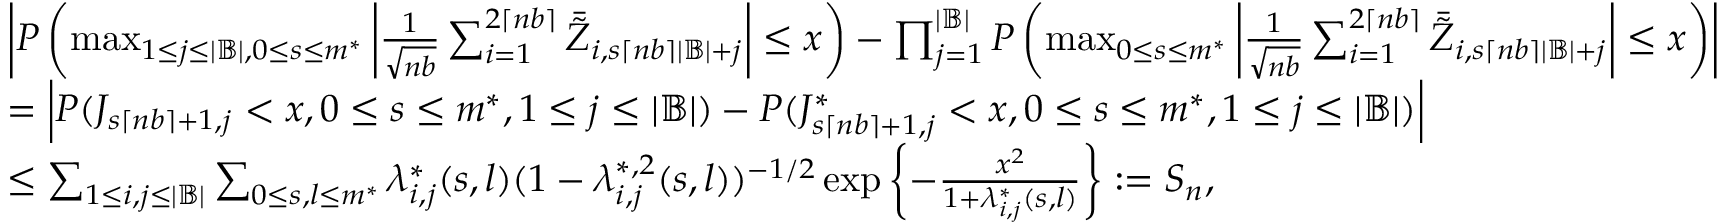
\begin{array} { r l } & { \left| P \left( \operatorname* { m a x } _ { 1 \leq j \leq | \mathbb { B } | , 0 \leq s \leq m ^ { * } } \left| \frac { 1 } { \sqrt { n b } } \sum _ { i = 1 } ^ { 2 \lceil n b \rceil } \bar { \tilde { Z } } _ { i , s \lceil n b \rceil | \mathbb { B } | + j } \right| \leq x \right) - \prod _ { j = 1 } ^ { | \mathbb { B } | } P \left( \operatorname* { m a x } _ { 0 \leq s \leq m ^ { * } } \left| \frac { 1 } { \sqrt { n b } } \sum _ { i = 1 } ^ { 2 \lceil n b \rceil } \bar { \tilde { Z } } _ { i , s \lceil n b \rceil | \mathbb { B } | + j } \right| \leq x \right) \right| } \\ & { = \left| P ( J _ { s \lceil n b \rceil + 1 , j } < x , 0 \leq s \leq m ^ { * } , 1 \leq j \leq | \mathbb { B } | ) - P ( J _ { s \lceil n b \rceil + 1 , j } ^ { * } < x , 0 \leq s \leq m ^ { * } , 1 \leq j \leq | \mathbb { B } | ) \right| } \\ & { \leq \sum _ { 1 \leq i , j \leq | \mathbb { B } | } \sum _ { 0 \leq s , l \leq m ^ { * } } \lambda _ { i , j } ^ { * } ( s , l ) ( 1 - \lambda _ { i , j } ^ { * , 2 } ( s , l ) ) ^ { - 1 / 2 } \exp \left\{ - \frac { x ^ { 2 } } { 1 + \lambda _ { i , j } ^ { * } ( s , l ) } \right\} : = S _ { n } , } \end{array}